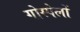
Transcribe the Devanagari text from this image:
गोस्पेलों